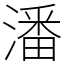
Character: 潘